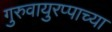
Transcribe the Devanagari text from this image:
गुरुवायुरप्पाच्या